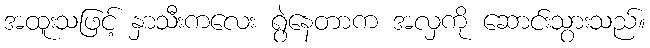
အထူးသဖြင့် နှာသီးကလေး ရွဲနေတာက အလှကို ဆောင်းသွားသည်။